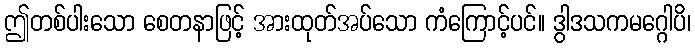
ဤတစ်ပါးသော စေတနာဖြင့် အားထုတ်အပ်သော ကံကြောင့်ပင်။ ဒွါဒသကမဂ္ဂေါပိ၊